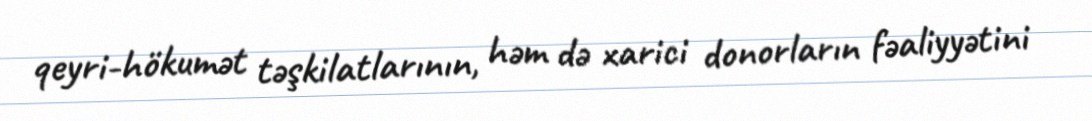
qeyri-hökumət təşkilatlarının, həm də xarici donorların fəaliyyətini